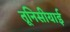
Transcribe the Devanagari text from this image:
तूनिसीयाई